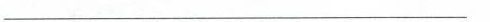
___